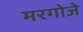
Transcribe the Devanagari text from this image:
मरगोजे